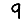
Digit: 9